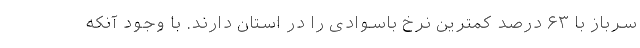
سرباز با ۶۳ درصد کمترین نرخ باسوادی را در استان دارند. با وجود آنکه